Report on the working of the Ranchi Indian Mental Hospital, Kanke, in Bihar and Orissa - 1930-1940
Year: 1930
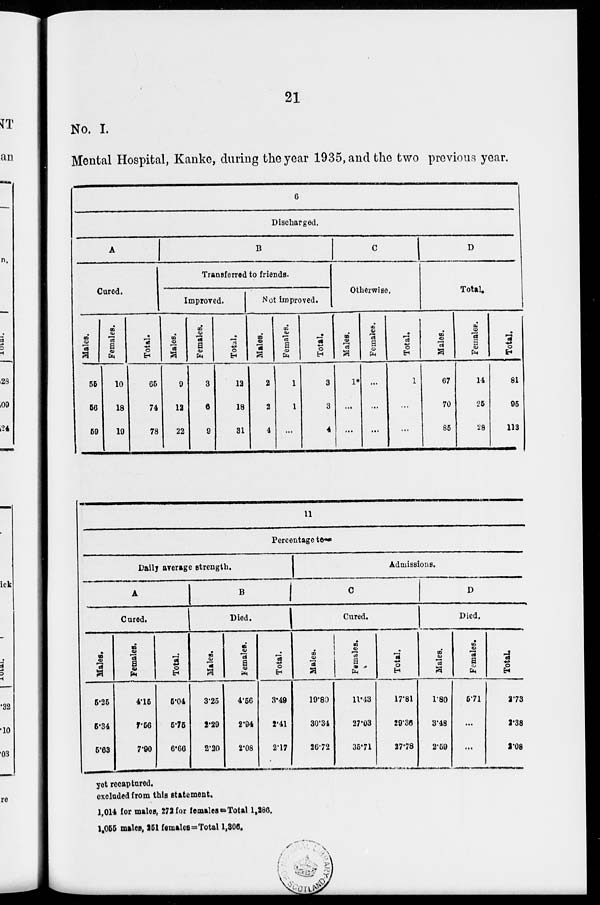
21
No. I.
Mental Hospital, Kanke, during the year 1935, and the two previous year.
6
Discharged.
A
Cured.
Males.
5t
56
59
Females.
10
18
19
Total.
65
74
78
B
Transferred to friends.
Improved.
Males.
9
12
22
Females.
3
6
9
Total.
12
18
31
Not improved.
Males.
2
2
4
Females.
1
1
...
Total.
3
3
4
C
Otherwise.
Males.
1*
...
...
Females.
...
...
...
Total.
1
...
...
D
Total.
Males.
67
70
85
Females.
14
25
28
Total.
81
95
113
11
Percentage to—
Daily average strength.
A
Cured.
Males.
5.25
5.34
5.63
Females.
4.15
7.56
7.90
Total.
5.04
6.75
6.66
B
Died.
Males.
3.25
2.29
2.20
Females.
4.56
2.94
2.08
Total.
3.49
2.41
2.17
Admissions.
C
Cured.
Males.
19.80
30.34
26.72
Females.
11.43
27.03
35.71
Total.
17.81
29.36
27.78
D
Died.
Males.
1.80
3.48
2.59
Females.
5.71
...
...
Total.
2.73
2.38
2.08
yet recaptured.
excluded from this statement.
1,014 for males, 272 for females =Total 1,286.
1,055 males, 251 females=Total 1,306.